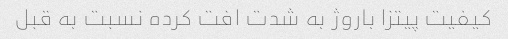
کیفیت پیتزا باروژ به شدت افت کرده نسبت به قبل